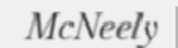
McNeely